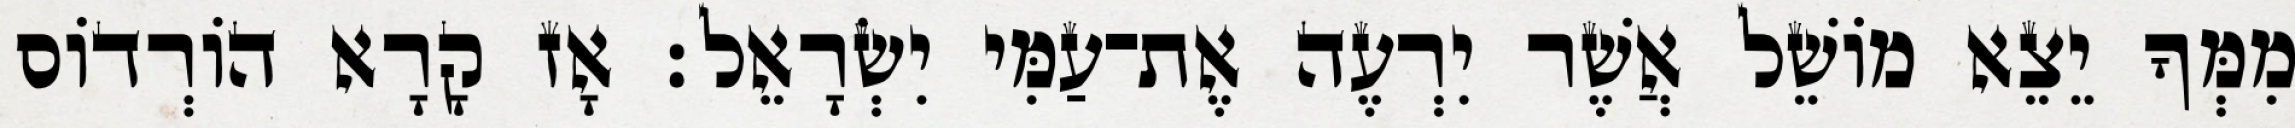
מִמְּךָ יֵצֵא מוֹשֵׁל אֲשֶׁר יִרְעֶה אֶת־עַמִּי יִשְׂרָאֵל׃ אָז קָרָא הוֹרְדוֹס